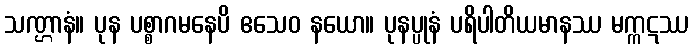
သဏ္ဌာနံ။ ပုန ပစ္စာဂမနေပိ ဧသေဝ နယော။ ပုနပ္ပုနံ ပရိပါတိယမာနဿ မက္ကဋဿ